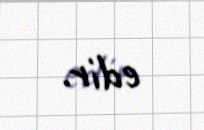
edir.